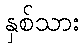
နှစ်သား